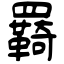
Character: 羇